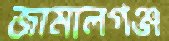
জামালগঞ্জ